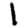
Digit: 1